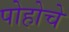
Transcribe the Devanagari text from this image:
पोहोचे